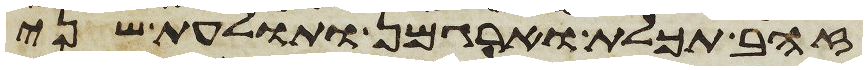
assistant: זהב תכלת וארגמן ותולעת שני